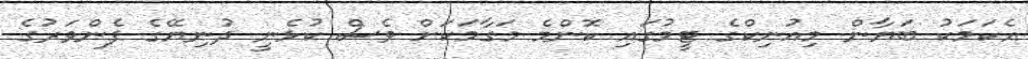
އެކަމަކު ބަޔާން މިއުނިކްގެ ޓީމުގައި ކޮންމެ މަގާމަކަށް ވެސް ކުޅެނީ ދުނިޔޭގެ ފެންވަރުގެ